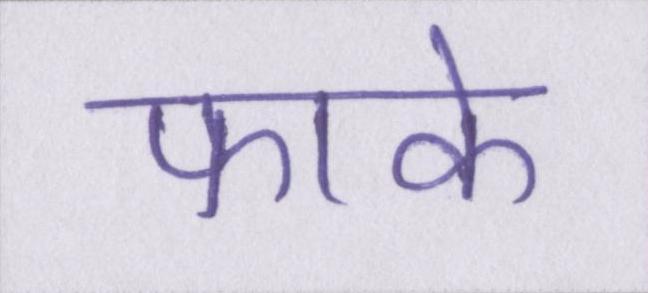
फाके